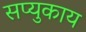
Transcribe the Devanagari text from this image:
सप्युकाय